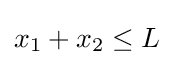
x_{1}+x_{2}\leq L